Civil Veterinary Department. Central Provinces & Berar 1925-31 - 1925-1931
Year: 1925
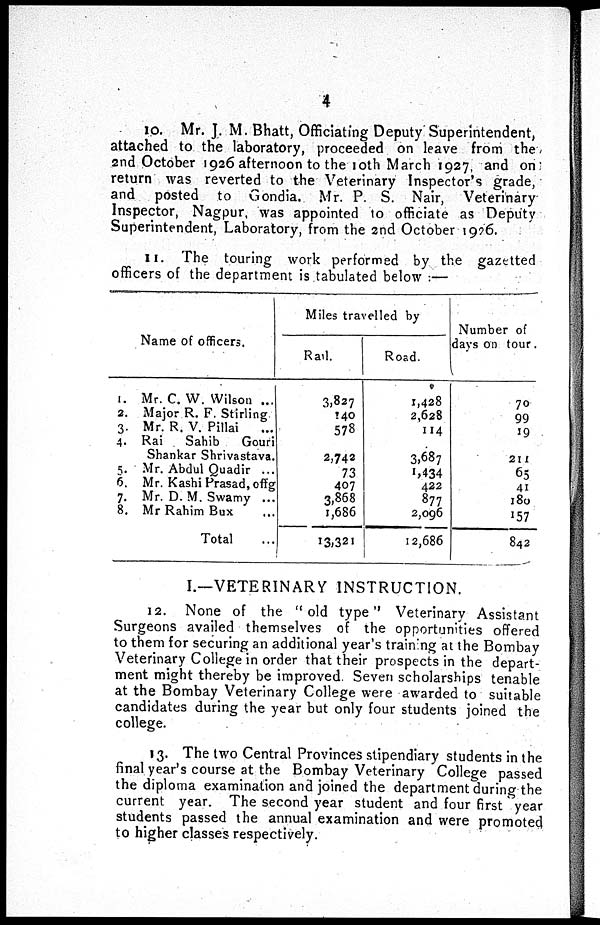
4
10. Mr. J. M. Bhatt, Officiating Deputy Superintendent,
attached to the laboratory, proceeded on leave from the
2nd October 1926 afternoon to the 10th March 1927, and on
return was reverted to the Veterinary Inspector's grade,
and posted to Gondia. Mr. P. S. Nair, Veterinary
Inspector, Nagpur, was appointed to officiate as Deputy
Superintendent, Laboratory, from the 2nd October 1996.
11. The touring work performed by the gazetted
officers of the department is tabulated below :—
Name of officers.
I.
2.
3.
4.
5.
6.
7.
8.
Mr. C. W. Wilson ...
Major R. F. Stirling
Mr. R. V. Pillai
...
Rai
Sahib
Gouri
Shankar Shrivastava.
Mr. Abdul Quadir ...
Mr. Kashi Prasad, offg
Mr. D. M. Swamy ...
Mr Rahim Bux ...
Total ...
Miles travelled by
Rail.
3,827
140
578
2,742
73
407
3,868
1,686
13,321
Road.
1,428
2,628
114
3,687
1,434
422
877
2,096
12,686
Number of
days on tour.
70
99
19
211
65
41
180
157
842
I.—VETERINARY INSTRUCTION.
12. None of the "old type" Veterinary Assistant
Surgeons availed themselves of the opportunities offered
to them for securing an additional year's training at the Bombay
Veterinary College in order that their prospects in the depart-
ment might thereby be improved. Seven scholarships tenable
at the Bombay Veterinary College were awarded to suitable
candidates during the year but only four students joined the
college.
13. The two Central Provinces stipendiary students in the
final year's course at the Bombay Veterinary College passed
the diploma examination and joined the department during the
current year. The second year student and four first year
students passed the annual examination and were promoted
to higher classes respectively.